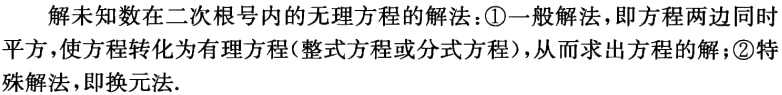
解未知数在二次根号内的无理方程的解法：\textcircled{1}一般解法，即方程两边同时平方，使方程转化为有理方程(整式方程或分式方程)，从而求出方程的解；\textcircled{2}特殊解法，即换元法.